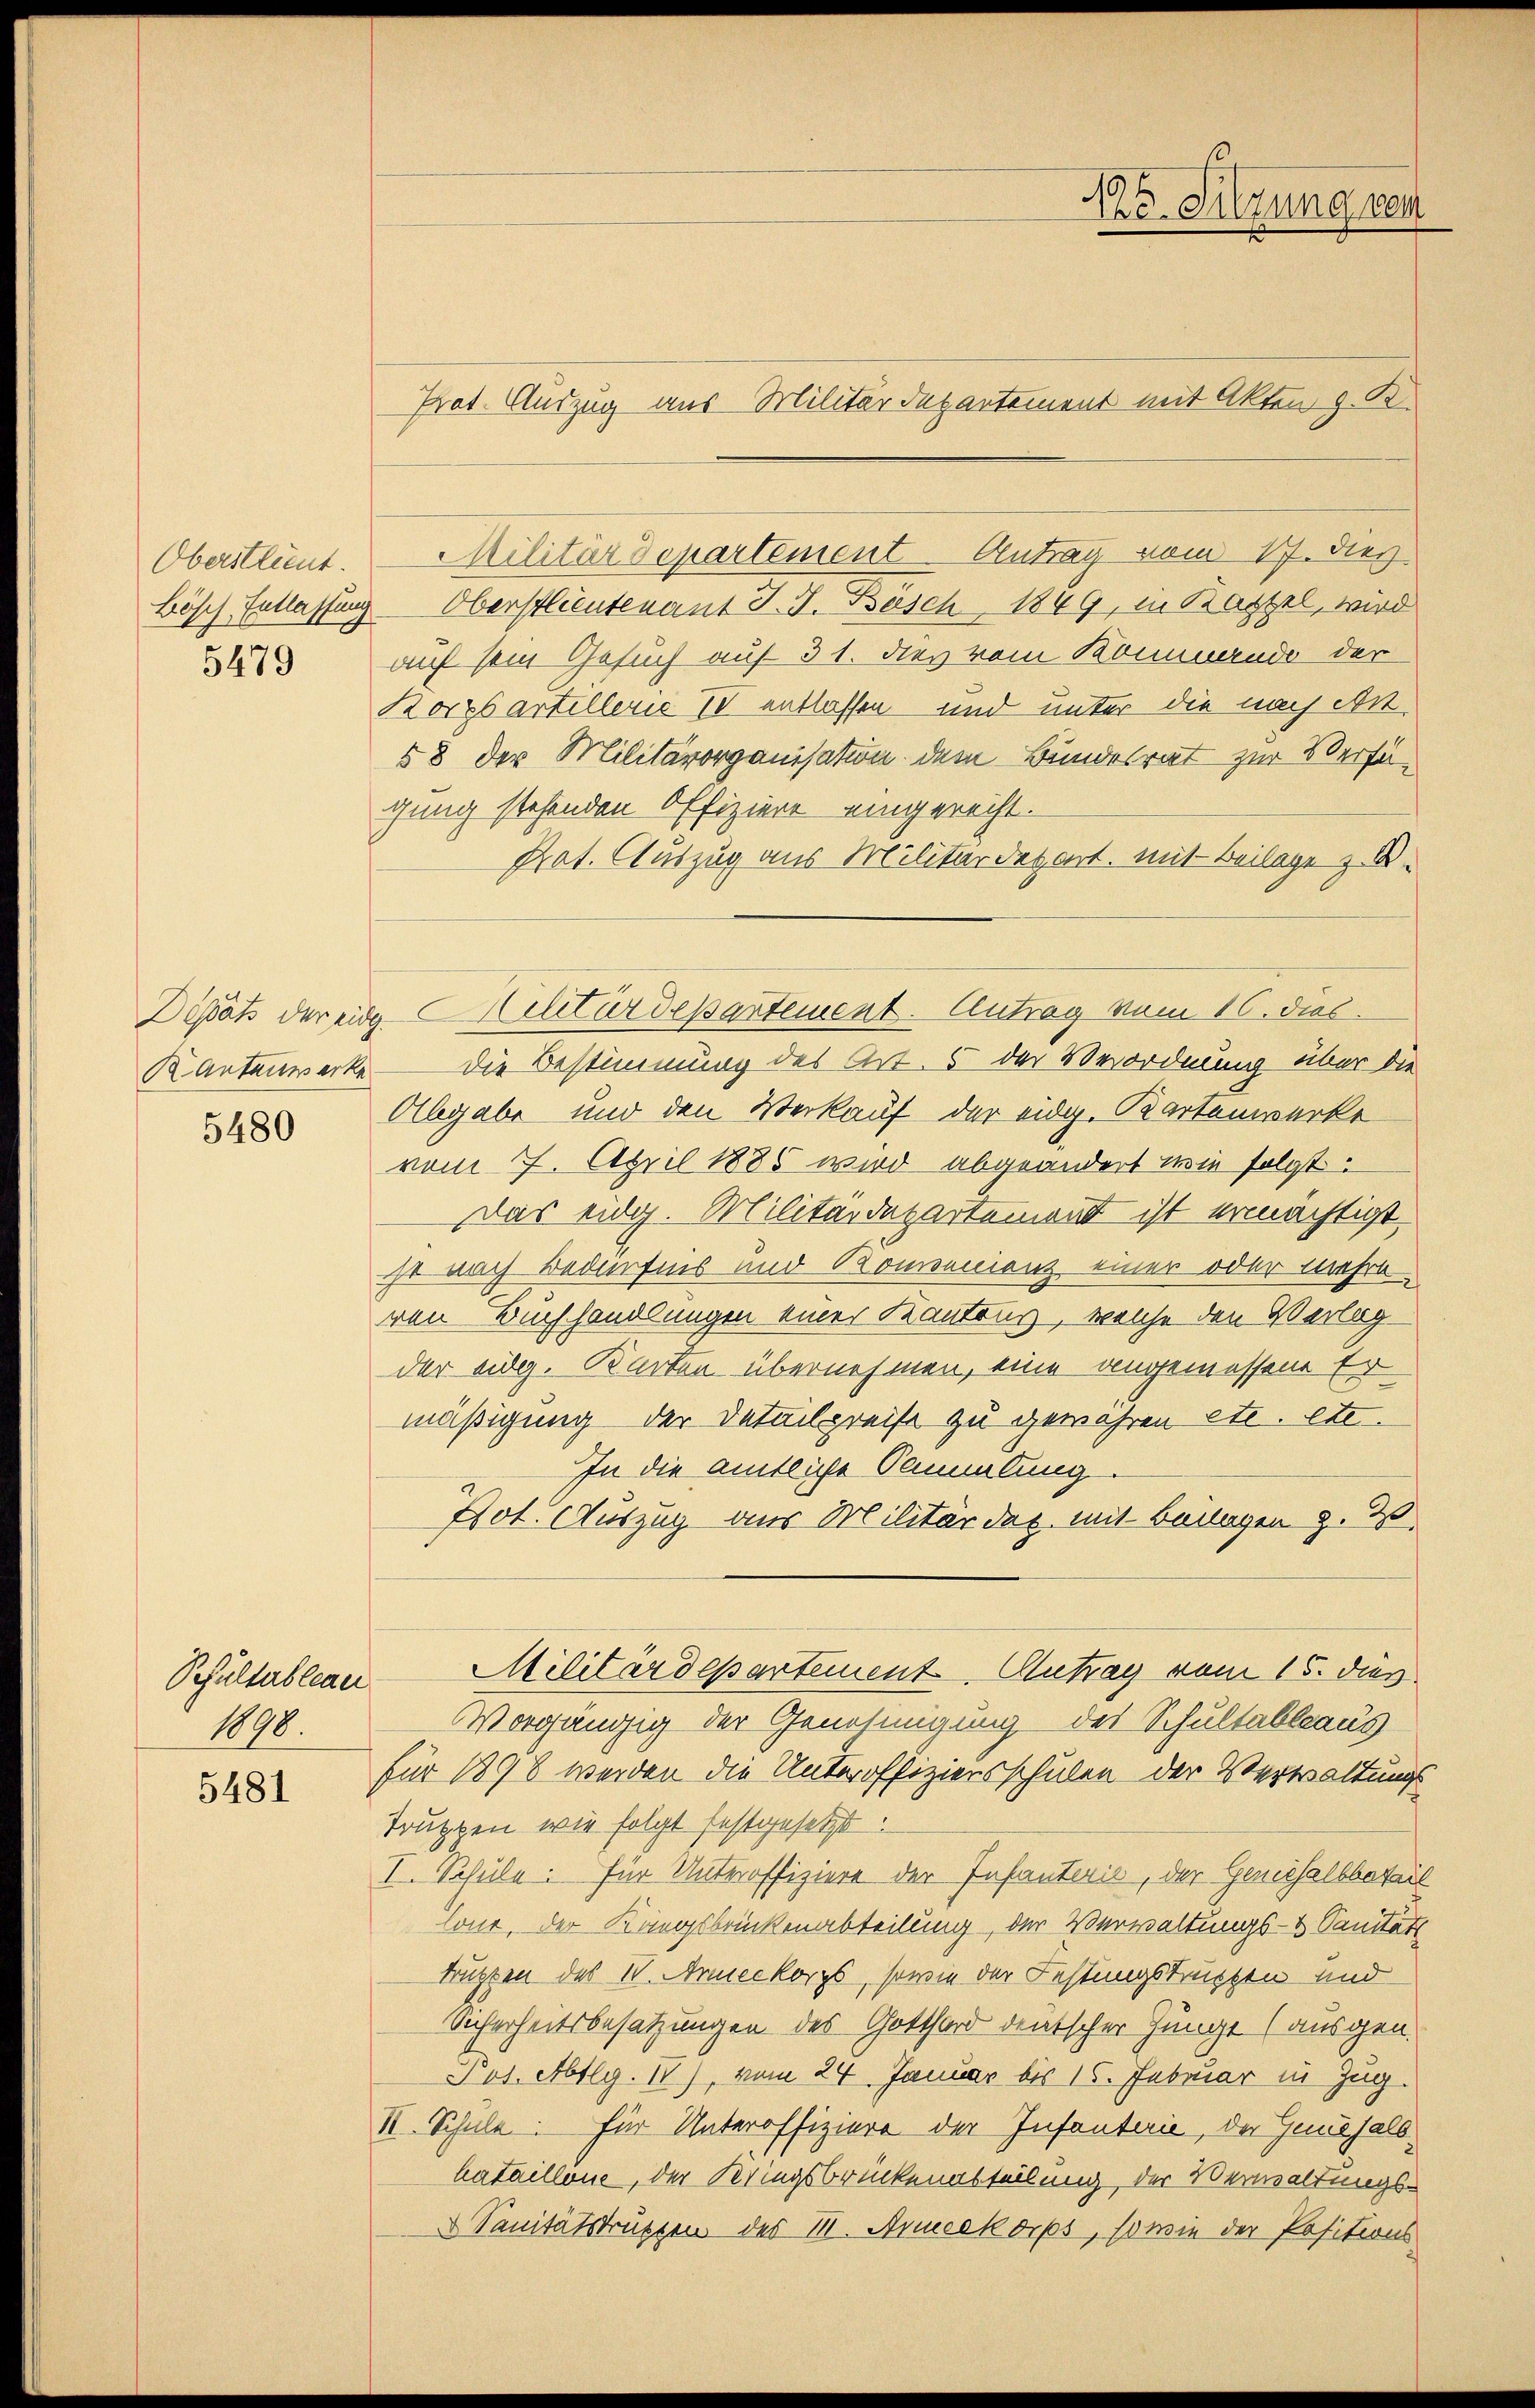
Oberstlint.
Bösch Entlassung.
5479

K Antanwerke

5480

Schultableau
1098.

5481

Oberstlieutenant J. J. Bösch 1849, in Batzel, wird
auf sein Gesuch auf 31. dies vom Kommando der
Korpsartillerie 70 entlassen und unter die nach An¬
58 der Militärorganisation dem Bundesrat zur Verfügung stehenden Offiziere eingerecht.
Prat. Auszug aus Militärdepart. mit Beilage z. B.
die Bestimmung des Art. 5 der Verordnung über die
Abgabe und den Verkauf der eidg. Kartenwerke
vom 7. April 1886 wird abgeändert wie folgt.
Das eidg. Militärdepartement ist ermächtigt.
st nach Bedürfnis und Romanienz einer oder mehre
ven Buchhandlungen einer Kantons, welche den Verlag
der eidg. Karten übernehmen, eine angemessene Ermäßigung der Detailpreise zu gewähren etc. etc.
In die amtliche Sammlung.
Pot. Auszug aus Militär daz mit Beilagen z. B.
Militärdepartement Antrag vom 15. dies
Vorgängig der Genehmigung des Schultableaus
für 1898 werden die Unteroffiziersschulen der Verwaltungs
Truppen wie folgt festgesetzt.
I. Schule: für Unteroffiziere der Infanterie, der Generhalbbatail
Cout. Der Kangsbrückenabteilung der Verwaltungs- & Sanitäts
truppen des IV. Armeekorps, sowie der Festungstruppen und
Sicherheitsbesatzungen des Gotthard deutscher Junge (ausgen.
Pot. Abtlg. IV), vom 24. Januar bis 15. Februar in Zug.
IV. Schule für Unteroffiziere der Insantarie, der Giesals
hataillone, der Kriegsbrückenabteilung der Verwaltungsd Sanitätstruppen des III. Armeekorps, sowie der Positions

Prat. Auszug aus Militärdepartement mit Akten z. K.

Militärdepartement Antrag vom 17. dies

Disäts der ein Militärdepartement. Antrag vom 16. dies

Ihe. Sitzung ver